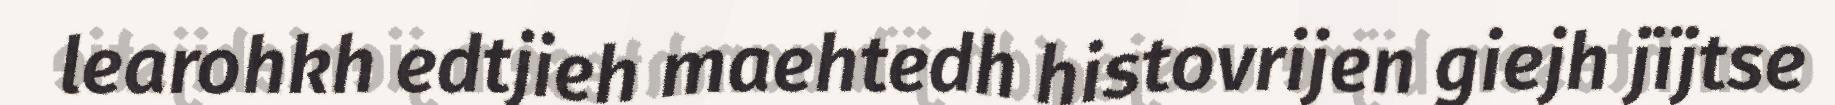
learohkh edtjieh maehtedh histovrijen giejh jïjtse